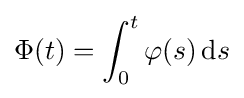
\Phi (t)=\int _{0}^{t}\varphi (s)\,\mathrm {d} s